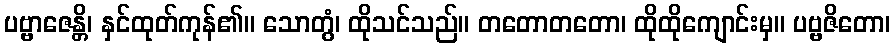
ပဗ္ဗာဇေန္တိ၊ နှင်ထုတ်ကုန်၏။ သောတွံ၊ ထိုသင်သည်။ တတောတတော၊ ထိုထိုကျောင်းမှ။ ပဗ္ဗဇိတော၊